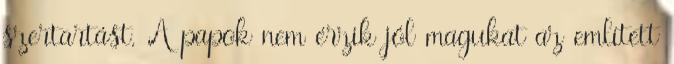
szertartást. A papok nem érzik jól magukat az em­lített